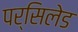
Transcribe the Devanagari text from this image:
पर्सिलेड